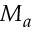
M _ { a }